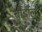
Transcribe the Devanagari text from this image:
चीर्डीले